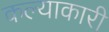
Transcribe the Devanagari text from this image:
कल्याकारी